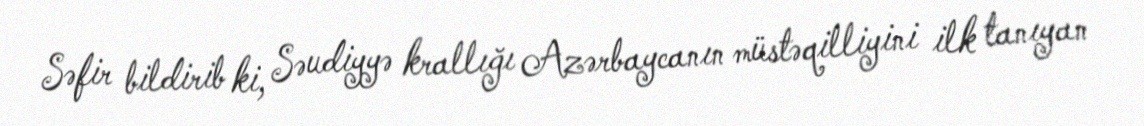
Səfir bildirib ki, Səudiyyə krallığı Azərbaycanın müstəqilliyini ilk tanıyan